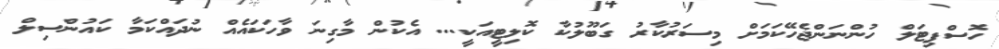
ހޮސްޕިޓަލް ހުންނަންޖެހޭކަމަށް މިސަރުކާރު ގަބޫލުކާ ކޮލިޓީއަކީ... އެކުން މާގިނަ ވާހަކައެއް ނުދައްކަމާ ކައުންސިލް